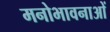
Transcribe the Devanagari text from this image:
मनोभावनाआें